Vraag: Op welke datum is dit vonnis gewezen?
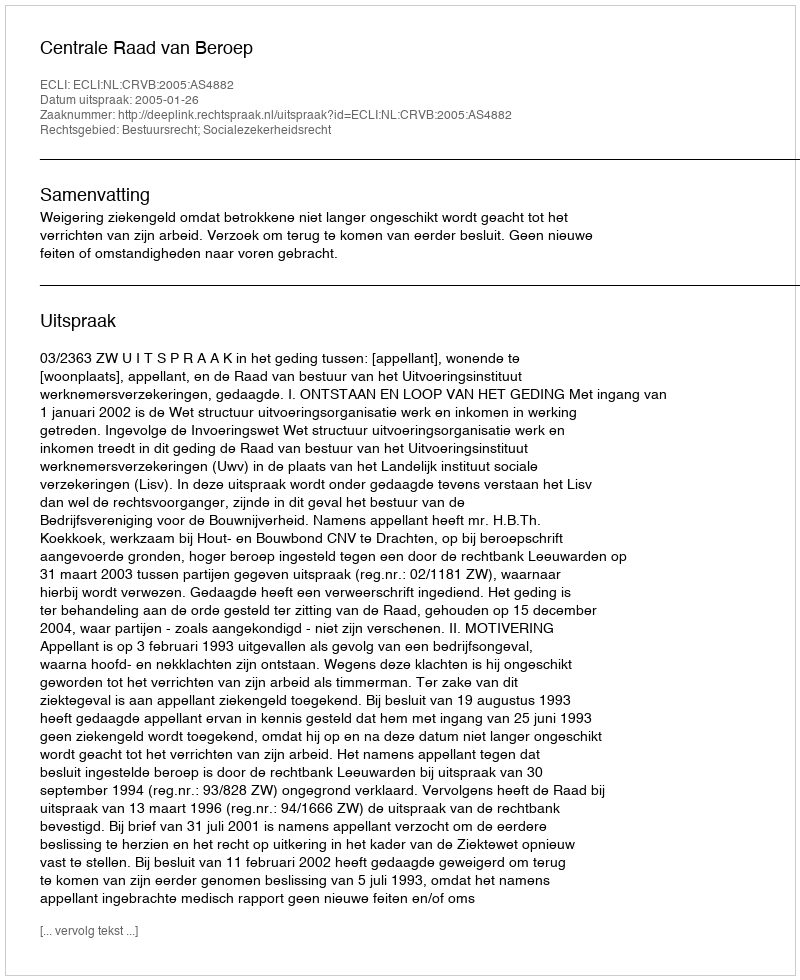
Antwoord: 2005-01-26